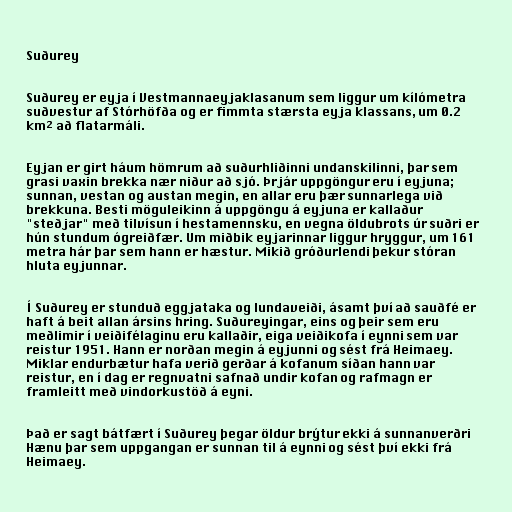
Suðurey

Suðurey er eyja í Vestmannaeyjaklasanum sem liggur um kílómetra
suðvestur af Stórhöfða og er fimmta stærsta eyja klassans, um 0.2
km² að flatarmáli.

Eyjan er girt háum hömrum að suðurhliðinni undanskilinni, þar sem
grasi vaxin brekka nær niður að sjó. Þrjár uppgöngur eru í eyjuna;
sunnan, vestan og austan megin, en allar eru þær sunnarlega við
brekkuna. Besti möguleikinn á uppgöngu á eyjuna er kallaður
"steðjar" með tilvísun í hestamennsku, en vegna öldubrots úr suðri er
hún stundum ógreiðfær. Um miðbik eyjarinnar liggur hryggur, um 161
metra hár þar sem hann er hæstur. Mikið gróðurlendi þekur stóran
hluta eyjunnar.

Í Suðurey er stunduð eggjataka og lundaveiði, ásamt því að sauðfé er
haft á beit allan ársins hring. Suðureyingar, eins og þeir sem eru
meðlimir í veiðifélaginu eru kallaðir, eiga veiðikofa í eynni sem var
reistur 1951. Hann er norðan megin á eyjunni og sést frá Heimaey.
Miklar endurbætur hafa verið gerðar á kofanum síðan hann var
reistur, en í dag er regnvatni safnað undir kofan og rafmagn er
framleitt með vindorkustöð á eyni.

Það er sagt bátfært í Suðurey þegar öldur brýtur ekki á sunnanverðri
Hænu þar sem uppgangan er sunnan til á eynni og sést því ekki frá
Heimaey.